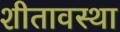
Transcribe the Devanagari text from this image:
शीतावस्था